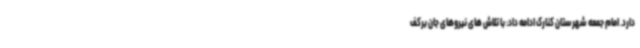
دارد. امام جمعه شهرستان کنارک ادامه داد: با تلاش های نیروهای جان برکف